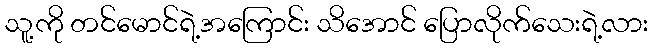
သူ့ကို တင်မောင်ရဲ့အကြောင်း သိအောင် ပြောလိုက်သေးရဲ့လား